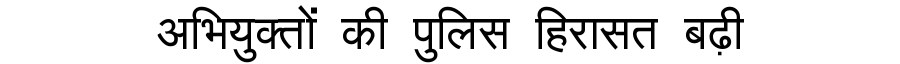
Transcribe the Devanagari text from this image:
अभियुक्तों की पुलिस हिरासत बढ़ी